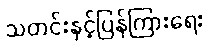
သတင်းနှင့်ပြန်ကြားရေး